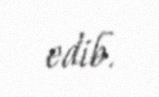
edib.